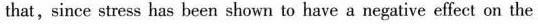
that,since stress has heen shown to have a negative effect on the